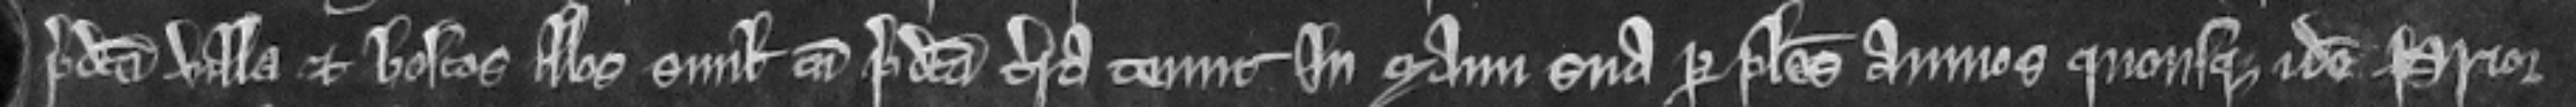
predicta villa et boscos illos simul cum predicta terra tenuit In manu sua per plures annos quousque idem Prior